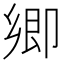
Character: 𭅼